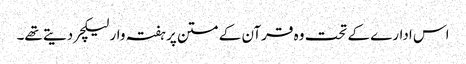
اس ادارے کے تحت وہ قرآن کے متن پر ہفتہ وار لیکچر دیتے تھے۔